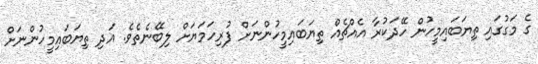
ގެ މަގުގައި ތިޔަބައިމީހުން ހޭދަކުރާ އެއްޗެއް ތިޔަބައިމީހުންނަށް ފުރިހަަމަޔަށް ލިބޭނެތެވެ. އަދި ތިޔަބައިމީހުންނަށް